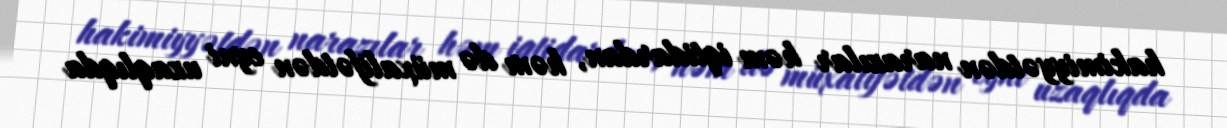
hakimiyyətdən narazılar həm iqtidardan, həm də müxalifətdən eyni uzaqlıqda